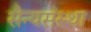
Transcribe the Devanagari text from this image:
सैन्यसंस्था